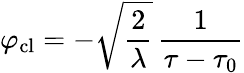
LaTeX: \varphi_{\mathrm{cl}}=-\sqrt{\frac{2}{\lambda}}\, {\frac{1}{\tau-\tau_{0}}}